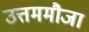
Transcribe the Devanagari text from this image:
उत्तममौजा